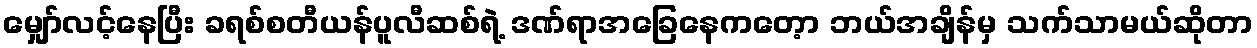
မျှော်လင့်နေပြီး ခရစ်စတီယန်ပူလီဆစ်ရဲ့ ဒဏ်ရာအခြေနေကတေ့ာ ဘယ်အချိန်မှ သက်သာမယ်ဆိုတာ